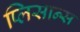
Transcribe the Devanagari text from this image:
प्लिसान्स